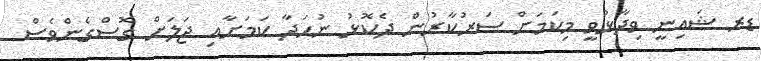
ޑރ ޝައިނީ ވިދާޅުވީ މިކަމަށް ސަރުކާރުން ދެކޮޅު ނުހަދާ ކަމަށާއި ޖަލަށް ގޮސްގެންވެސް